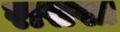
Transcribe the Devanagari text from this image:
रासखा